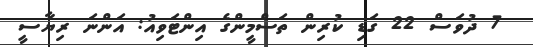
7 ދުވަސް 22 ގަޑި ކުރިން ތަސްމީންގެ އިންޓަވިއު: އަންނަ ރިޔާސީ